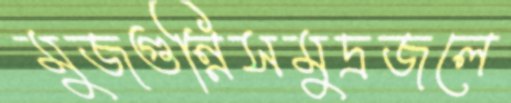
মুজগুন্নিসমুদ্রজলে